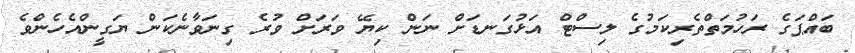
ބައްޕަގެ ރަހުމަތްތެރިކަމުގެ ލިސްޓް އަޅުގަނޑަށް ނަން ކިޔޭ ވަރަށް ވުރެ ގިނަވާނެކަން ޔަގީންއެހެންވެ